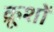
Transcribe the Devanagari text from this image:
क्रूशों